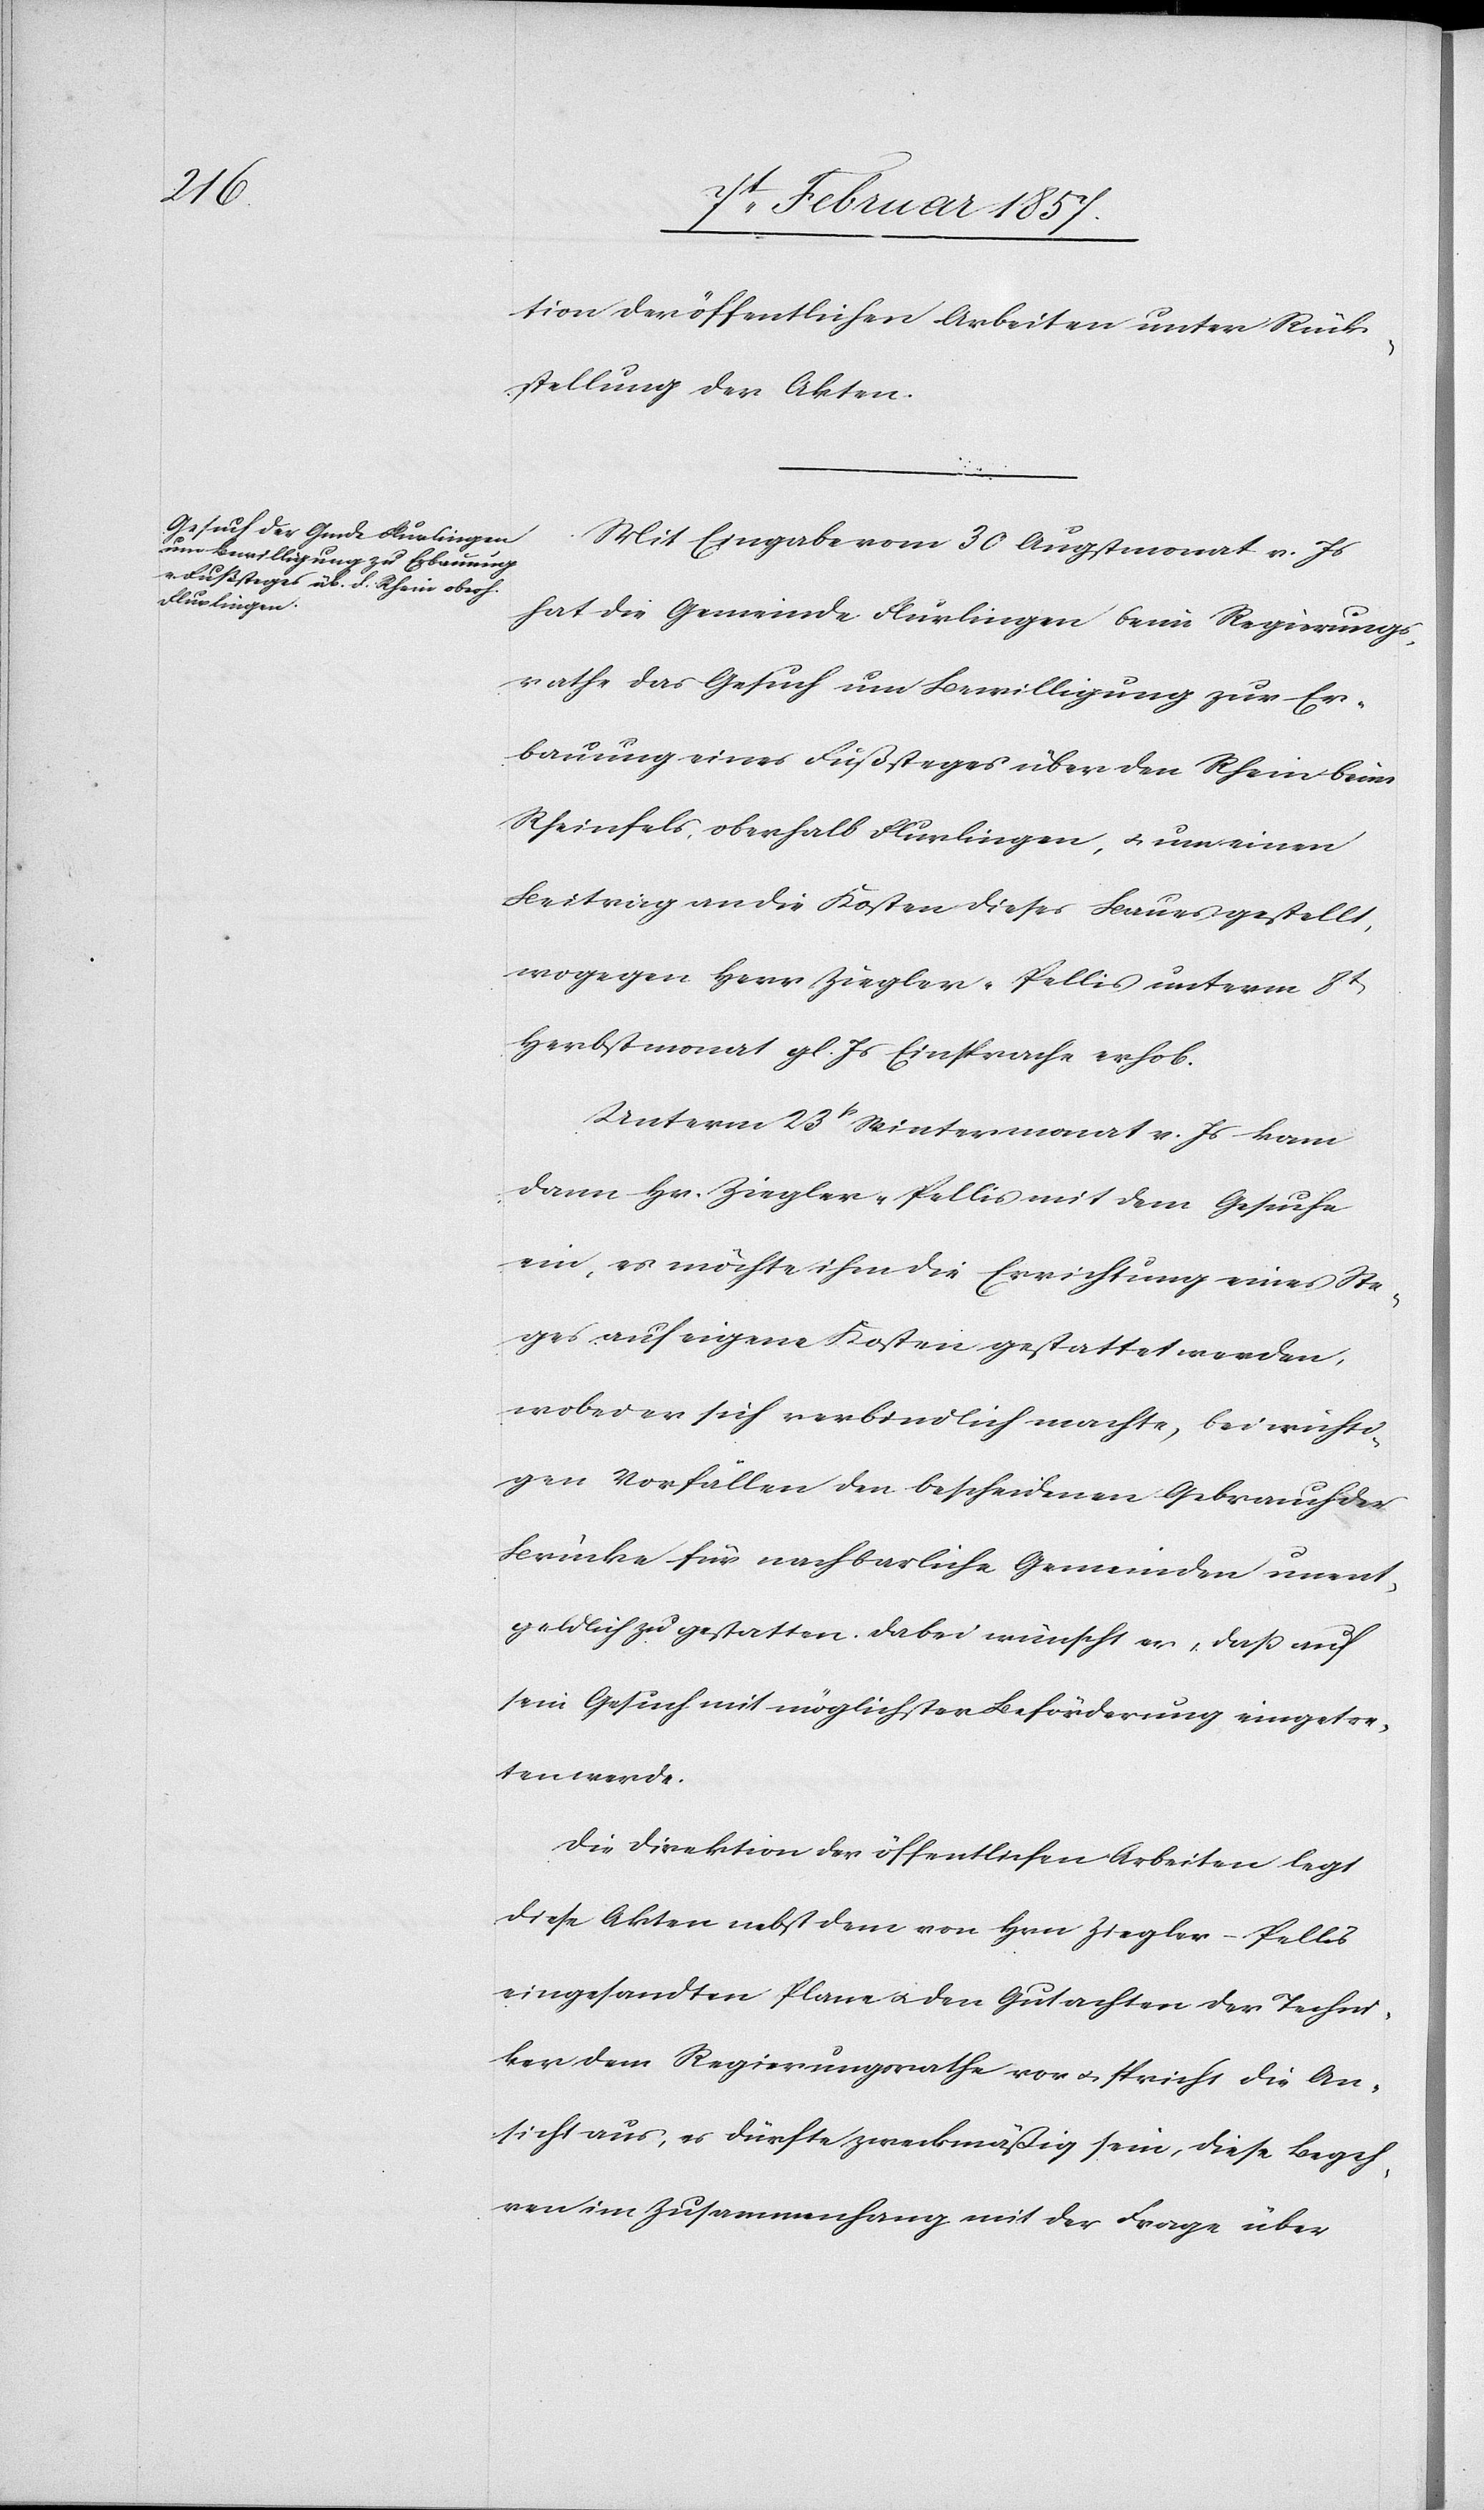
tion der öffentlichen Arbeiten unter Rück¬
stellung der Akten.
Mit Eingabe vom 30 Augstmonat v. Js
hat die Gemeinde Flurlingen beim Regierungs¬
rathe das Gesuch um Bewilligung zur Er¬
bauung eines Fußsteges über den Rhein beim
Rheinfels, oberhalb Flurlingen, u. um einen
Beitrag an die Kosten dieses Baues gestellt,
wogegen Herr Ziegler-Pellis unterm 8t
Herbstmonat gl. Js Einsprache erhob.
Unterm 23t Wintermonat v. Js kam
dann Hr. Ziegler-Pellis mit dem Gesuche
ein, es möchte ihm die Errichtung eines Ste¬
ges auf eigene Kosten gestattet werden,
wobei er sich verbindlich machte, bei wichti¬
gen Vorfällen den bescheidenen Gebrauch der
Brücke für nachbarliche Gemeinden unent¬
geldlich zu gestatten. Dabei wünscht er, daß auf
sein Gesuch mit möglichster Beförderung eingetre¬
ten werde.
Die Direktion der öffentlichen Arbeiten legt
diese Akten nebst dem von Hrn Ziegler-Pellis
eingesandten Plane u. den Gutachten der Techni¬
ker dem Regierungsrathe vor u. spricht die An¬
sicht aus, es dürfte zweckmäßig sein, diese Begeh¬
ren im Zusammenhang mit der Frage über